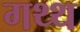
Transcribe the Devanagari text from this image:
गथ्थ